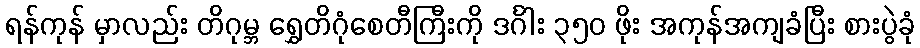
ရန်ကုန် မှာလည်း တိဂုမ္ဘ ရွှေတိဂုံစေတီကြီးကို ဒင်္ဂါး ၃၅၀ ဖိုး အကုန်အကျခံပြီး စားပွဲခုံ